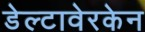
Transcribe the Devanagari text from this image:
डेल्टावेरकेन